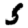
Digit: 5